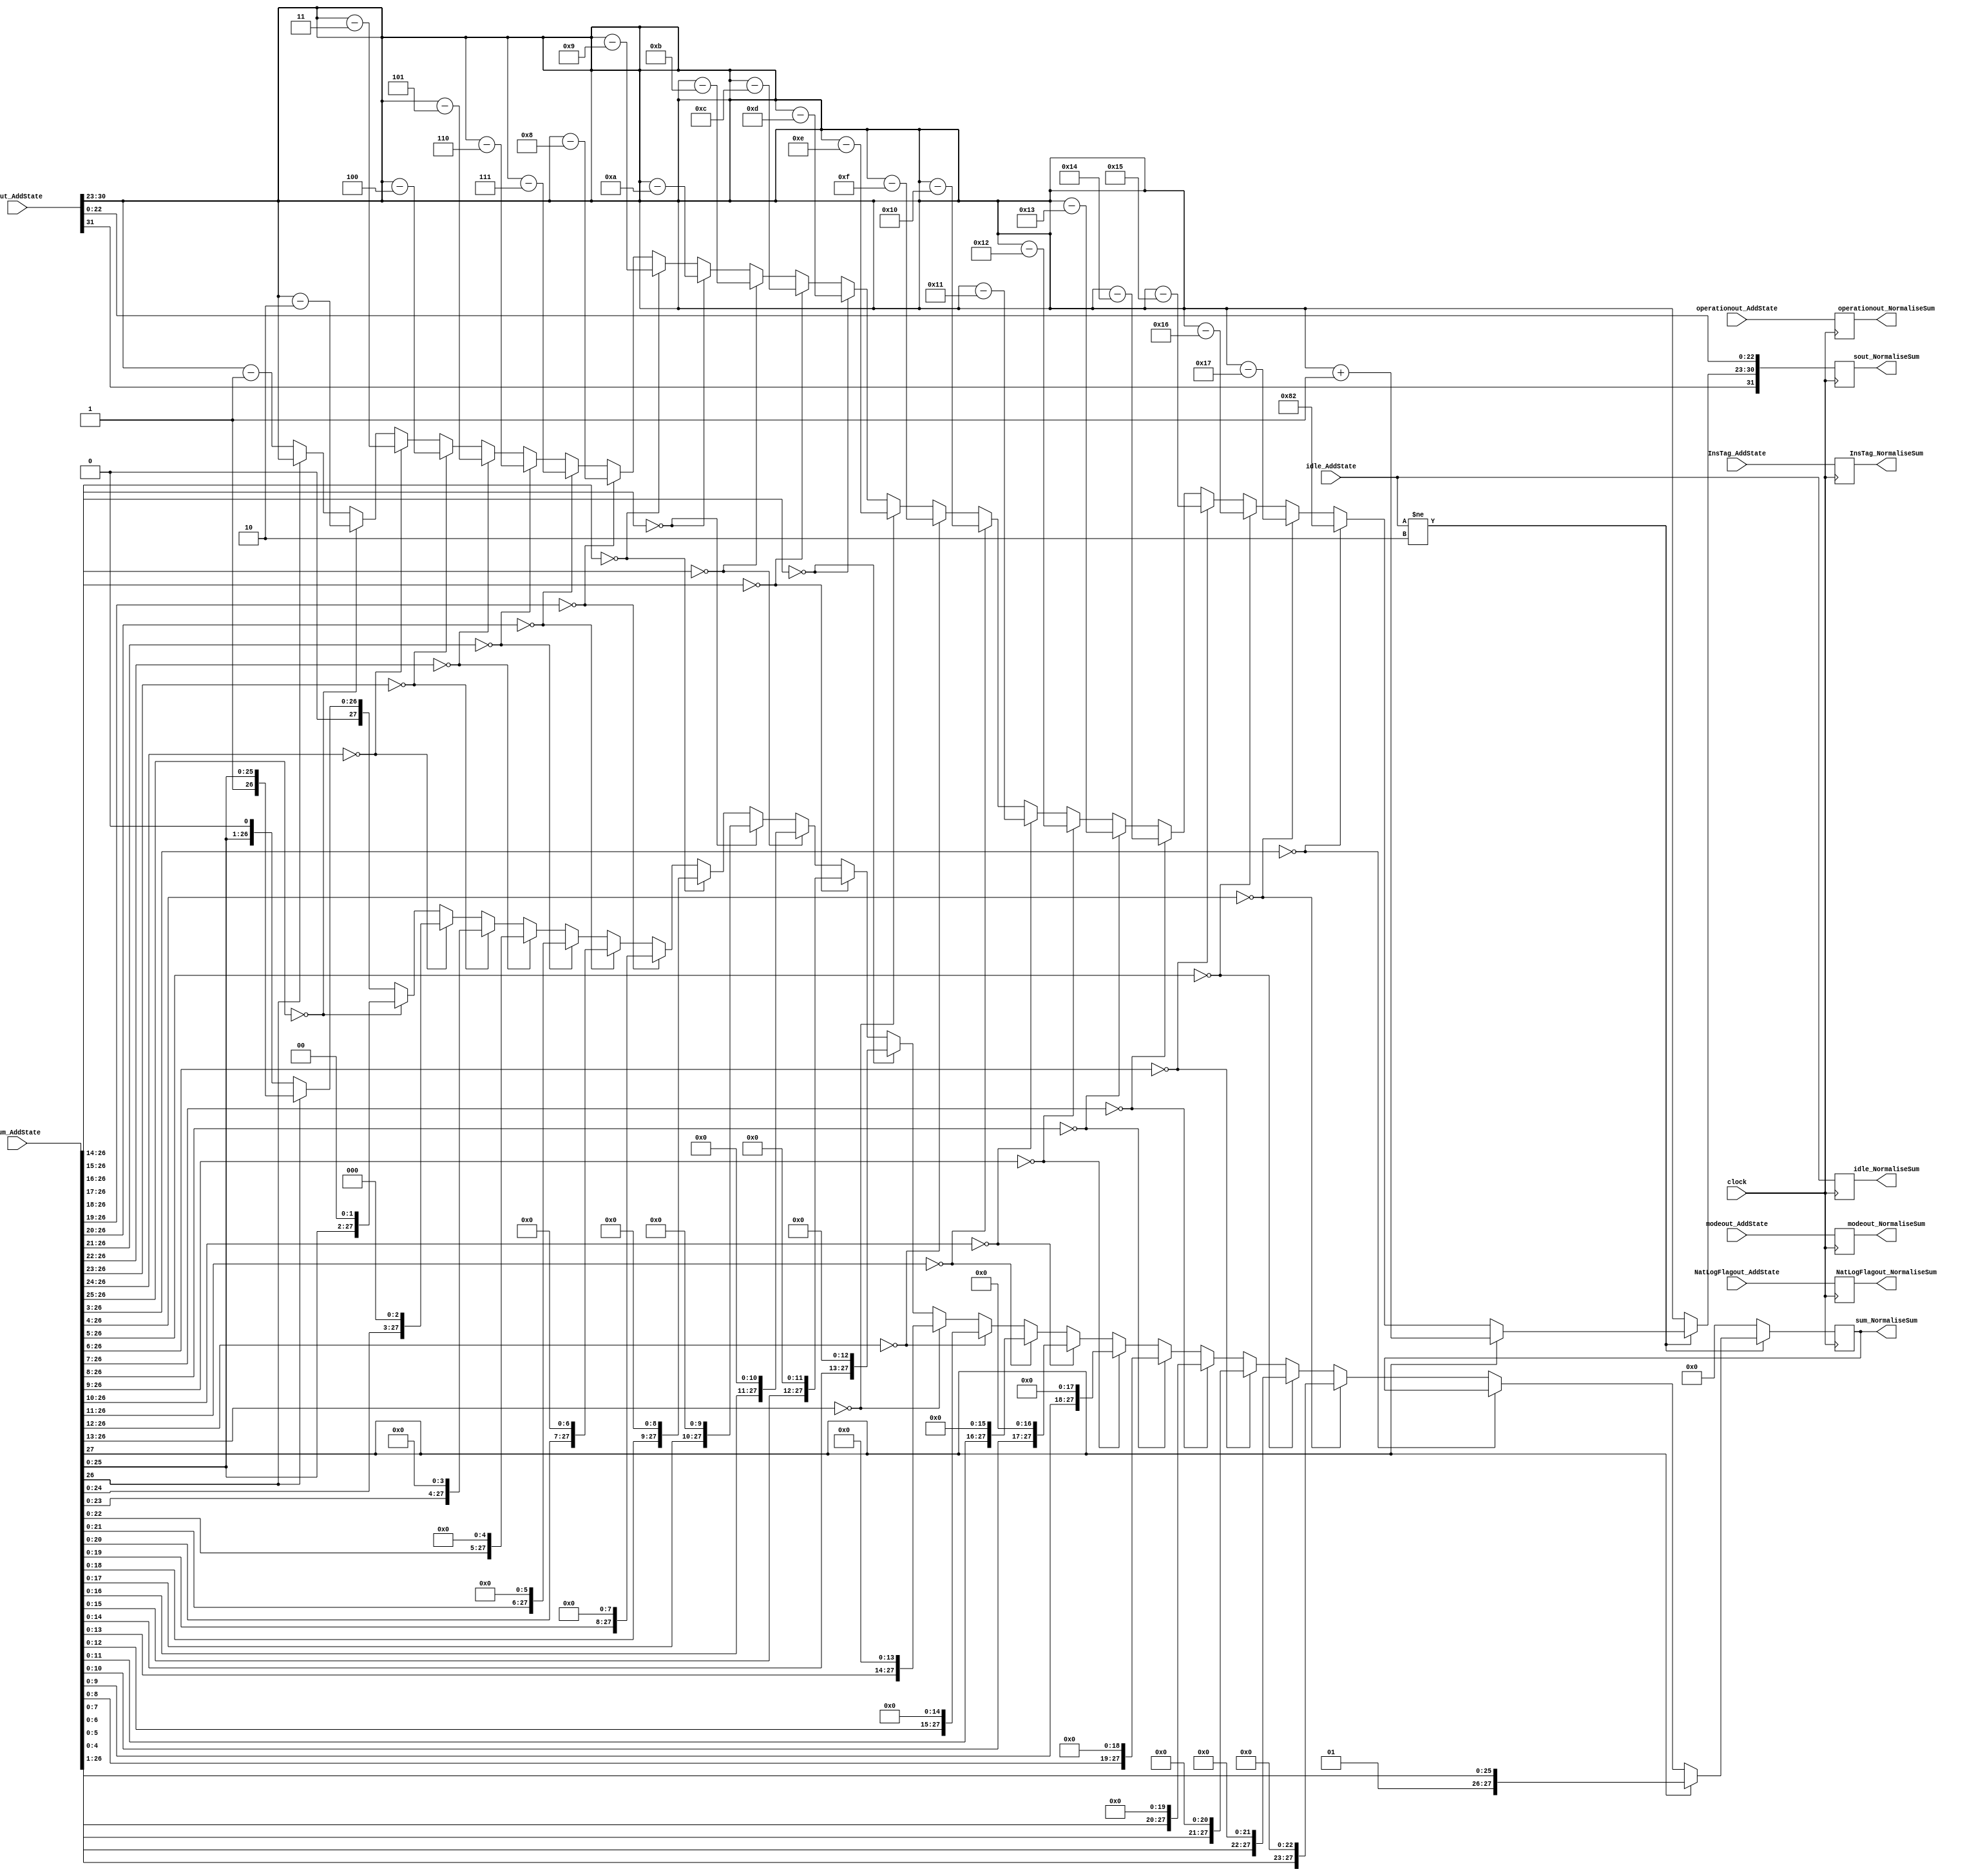
module NormaliseSum(
	input [1:0] idle_AddState,
	input [31:0] sout_AddState,
	input [1:0] modeout_AddState,
	input operationout_AddState,
	input NatLogFlagout_AddState,
	input [27:0] sum_AddState,
	input [7:0] InsTag_AddState,
	input clock,
	output reg [1:0] idle_NormaliseSum,
	output reg [31:0] sout_NormaliseSum,
	output reg [1:0] modeout_NormaliseSum,
	output reg operationout_NormaliseSum,
	output reg NatLogFlagout_NormaliseSum,
	output reg [27:0] sum_NormaliseSum,
	output reg [7:0] InsTag_NormaliseSum
    );

parameter mode_circular  =2'b01, 
			 mode_linear    =2'b00, 
			 mode_hyperbolic=2'b11;

parameter no_idle = 2'b00,
			 allign_idle = 2'b01,
			 put_idle = 2'b10;

wire [7:0] s_exponent;

assign s_exponent = sout_AddState[30:23];

always @ (posedge clock)
begin
	
	InsTag_NormaliseSum <= InsTag_AddState;
	idle_NormaliseSum <= idle_AddState;
	modeout_NormaliseSum <= modeout_AddState;
	operationout_NormaliseSum <= operationout_AddState;
	NatLogFlagout_NormaliseSum <= NatLogFlagout_AddState;
	
	if (idle_AddState != put_idle) begin
			
			sout_NormaliseSum[31] <= sout_AddState[31];
			sout_NormaliseSum[22:0] <= sout_AddState[22:0];
			
			if (sum_AddState[27] == 1'b1) begin
				sout_NormaliseSum[30:23] <= s_exponent + 1;
				sum_NormaliseSum <= sum_AddState >> 1;
			end

			else if(sum_AddState[26:3] == 24'h000000) begin
				sout_NormaliseSum[30:23] <= 10'h382;
			end
			
			else if (sum_AddState[26:4] == 23'h000000) begin
				sout_NormaliseSum[30:23] <= s_exponent - 23;
				sum_NormaliseSum <= sum_AddState << 23;
			end
			
			else if (sum_AddState[26:5] == 22'h000000) begin
				sout_NormaliseSum[30:23] <= s_exponent - 22;
				sum_NormaliseSum <= sum_AddState << 22;			
			end
			
			else if (sum_AddState[26:6] == 21'h000000) begin
				sout_NormaliseSum[30:23] <= s_exponent - 21;
				sum_NormaliseSum <= sum_AddState << 21;			
			end
			
			else if (sum_AddState[26:7] == 20'h00000) begin
				sout_NormaliseSum[30:23] <= s_exponent - 20;
				sum_NormaliseSum <= sum_AddState << 20;			
			end
			
			else if (sum_AddState[26:8] == 19'h00000) begin
				sout_NormaliseSum[30:23] <= s_exponent - 19;
				sum_NormaliseSum <= sum_AddState << 19;			
			end

			else if (sum_AddState[26:9] == 18'h00000) begin
				sout_NormaliseSum[30:23] <= s_exponent - 18;
				sum_NormaliseSum <= sum_AddState << 18;			
			end

			else if (sum_AddState[26:10] == 17'h00000) begin
				sout_NormaliseSum[30:23] <= s_exponent - 17;
				sum_NormaliseSum <= sum_AddState << 17;			
			end

			else if (sum_AddState[26:11] == 16'h0000) begin
				sout_NormaliseSum[30:23] <= s_exponent - 16;
				sum_NormaliseSum <= sum_AddState << 16;			
			end

			else if (sum_AddState[26:12] == 15'h0000) begin
				sout_NormaliseSum[30:23] <= s_exponent - 15;
				sum_NormaliseSum <= sum_AddState << 15;			
			end

			else if (sum_AddState[26:13] == 14'h0000) begin
				sout_NormaliseSum[30:23] <= s_exponent - 14;
				sum_NormaliseSum <= sum_AddState << 14;			
			end

			else if (sum_AddState[26:14] == 13'h0000) begin
				sout_NormaliseSum[30:23] <= s_exponent - 13;
				sum_NormaliseSum <= sum_AddState << 13;			
			end

			else if (sum_AddState[26:15] == 12'h000) begin
				sout_NormaliseSum[30:23] <= s_exponent - 12;
				sum_NormaliseSum <= sum_AddState << 12;			
			end

			else if (sum_AddState[26:16] == 11'h000) begin
				sout_NormaliseSum[30:23] <= s_exponent - 11;
				sum_NormaliseSum <= sum_AddState << 11;			
			end

			else if (sum_AddState[26:17] == 10'h000) begin
				sout_NormaliseSum[30:23] <= s_exponent - 10;
				sum_NormaliseSum <= sum_AddState << 10;			
			end

			else if (sum_AddState[26:18] == 9'h0000) begin
				sout_NormaliseSum[30:23] <= s_exponent - 9;
				sum_NormaliseSum <= sum_AddState << 9;			
			end

			else if (sum_AddState[26:19] == 8'h00) begin
				sout_NormaliseSum[30:23] <= s_exponent - 8;
				sum_NormaliseSum <= sum_AddState << 8;			
			end

			else if (sum_AddState[26:20] == 7'h00) begin
				sout_NormaliseSum[30:23] <= s_exponent - 7;
				sum_NormaliseSum <= sum_AddState << 7;			
			end

			else if (sum_AddState[26:21] == 6'h00) begin
				sout_NormaliseSum[30:23] <= s_exponent - 6;
				sum_NormaliseSum <= sum_AddState << 6;			
			end

			else if (sum_AddState[26:22] == 5'h00) begin
				sout_NormaliseSum[30:23] <= s_exponent - 5;
				sum_NormaliseSum <= sum_AddState << 5;			
			end

			else if (sum_AddState[26:23] == 4'h0) begin
				sout_NormaliseSum[30:23] <= s_exponent - 4;
				sum_NormaliseSum <= sum_AddState << 4;			
			end

			else if (sum_AddState[26:24] == 3'h0) begin
				sout_NormaliseSum[30:23] <= s_exponent - 3;
				sum_NormaliseSum <= sum_AddState << 3;			
			end

			else if (sum_AddState[26:25] == 2'h0) begin
				sout_NormaliseSum[30:23] <= s_exponent - 2;
				sum_NormaliseSum <= sum_AddState << 2;			
			end

			else if (sum_AddState[26] == 1'h0) begin
				sout_NormaliseSum[30:23] <= s_exponent - 1;
				sum_NormaliseSum <= sum_AddState << 1;			
			end
				
			else begin
				sout_NormaliseSum[30:23] <= s_exponent;
				sum_NormaliseSum <= sum_AddState;
			end
	end
	
	else begin
		sout_NormaliseSum <= sout_AddState;
		sum_NormaliseSum <= 0;
	end
end

endmodule